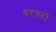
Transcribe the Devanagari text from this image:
बरगदो